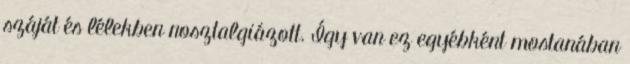
száját és lélekben nosztalgiázott. Így van ez egyébként mostanában